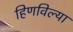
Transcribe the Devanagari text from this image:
हिणविल्या